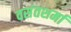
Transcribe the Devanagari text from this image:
वसंतशर्मा